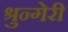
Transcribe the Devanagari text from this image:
श्रुन्गेरी